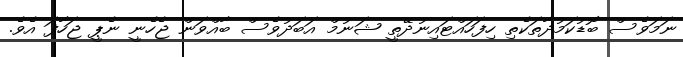
ނަމަވެސް ބޮޑުކަމުދާތަކެތި ހިފަހައްޓައިނުދޭތީ ޝަނުމް އަބަދުވެސް ބާއްވަން ޖެހެނީ ނެޕީ ޖަހާފަ އެވެ.